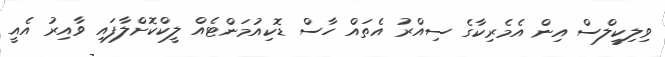
ވިލިކީލްސް އިން އެމެރިކާގެ ސިއްރު އެތައް ހާސް ޑޮކިއުމަންޓެއް ލީކްކޮށްލާފައި ވާއިރު އެއީ